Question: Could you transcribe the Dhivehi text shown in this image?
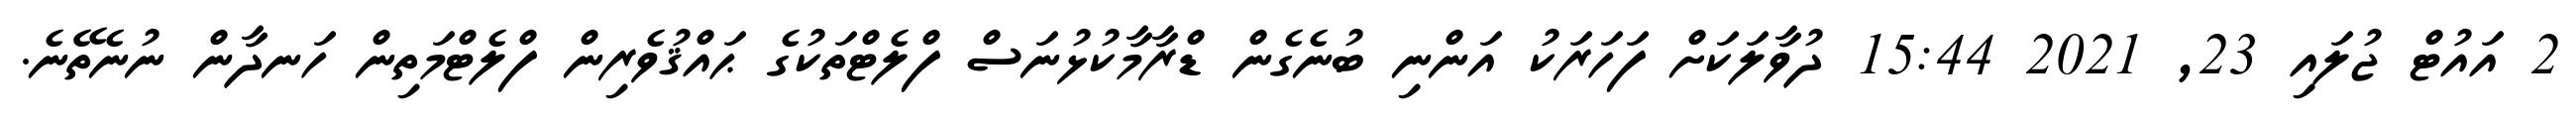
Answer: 2 އައުޓް ޖުލައި 23, 2021 15:44 ދުވާލަކަށް ފަހަރަކު އަންނި ބުނެގެން ޑްރާމާކުޅުނަސް ފްލެޓްތަކުގެ ޙައްޤުވެރިން ފްލެޓްމަތިން ހަނދާން ނުނެތޭނެ.